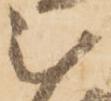
被